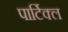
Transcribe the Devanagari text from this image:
पार्टिक्ल